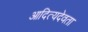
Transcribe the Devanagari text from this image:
आदित्यदेवता